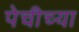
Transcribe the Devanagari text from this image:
पेचीच्या